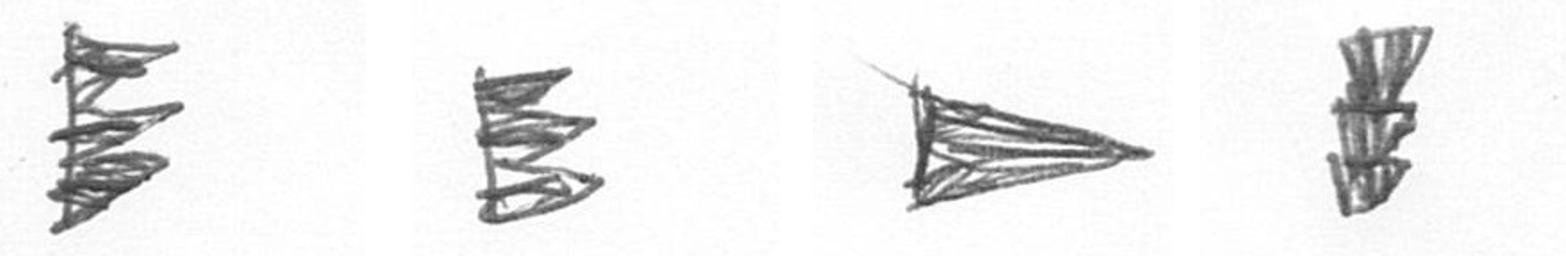
H H T E